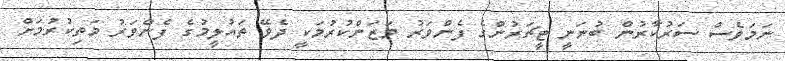
ނަމަވެސް ސަރުކާރުން ބުނަނީ ޓީޗަރުންގެ ފެންވަރު ވަޒަންކުރުމަކީ ދެވޭ ތައުލީމުގެ ފެންވަރު މަތިކުރުމަށް